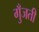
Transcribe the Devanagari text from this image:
गुँजती